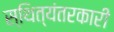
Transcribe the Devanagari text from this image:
स्थित्यंतरकारी